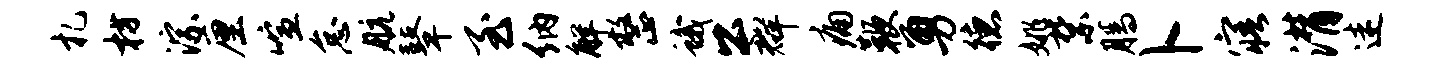
札枋淙厘喧怠航鼙至纳解整蛾公群痛鞭勇德姚禁腾卜寤潸迷